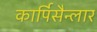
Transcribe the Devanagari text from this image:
कार्पिसैन्लार